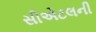
સીએટલની